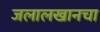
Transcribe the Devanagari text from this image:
जलालखानचा